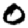
Digit: 0